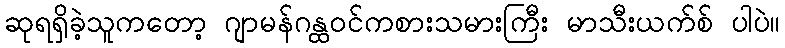
ဆုရရှိခဲ့သူကတော့ ဂျာမန်ဂန္ထဝင်ကစားသမားကြီး မာသီးယက်စ် ပါပဲ။